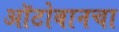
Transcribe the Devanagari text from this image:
ऑटोबानचा